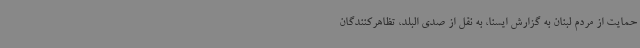
حمایت از مردم لبنان به گزارش ایسنا، به نقل از صدی البلد، تظاهرکنندگان